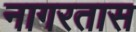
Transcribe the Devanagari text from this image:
नागरतास